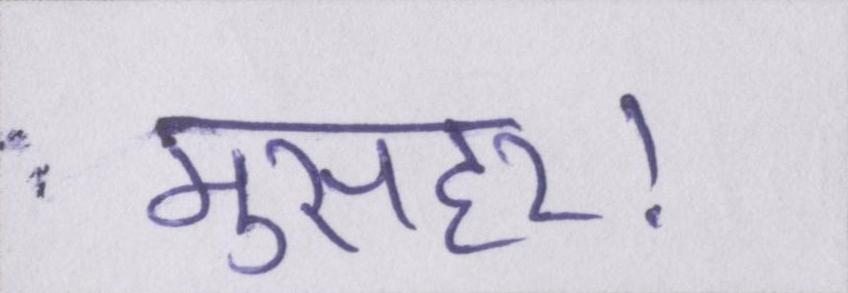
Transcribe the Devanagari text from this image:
मुसहर।